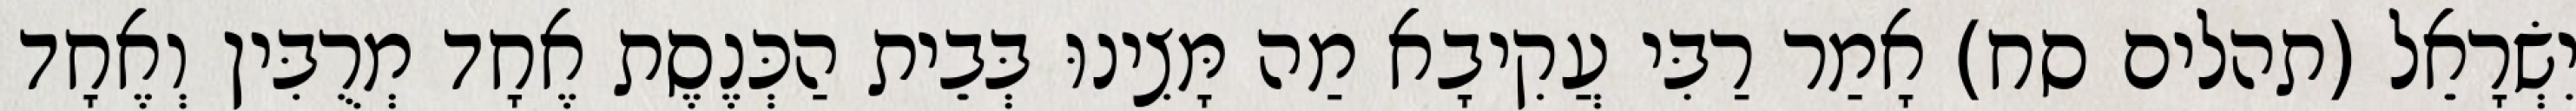
יִשְׂרָאֵל (תהלים סח) אָמַר רַבִּי עֲקִיבָא מַה מָּצִינוּ בְּבֵית הַכְּנֶסֶת אֶחָד מְרֻבִּין וְאֶחָד